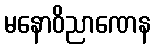
မနောဝိညာဏေန